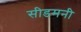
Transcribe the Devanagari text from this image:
सीडमनी